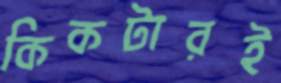
কিকটারই